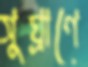
সুঘ্রাণে